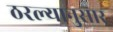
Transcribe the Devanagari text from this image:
ठरल्यानुसार